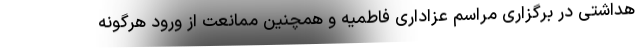
هداشتی در برگزاری مراسم عزاداری فاطمیّه و همچنین ممانعت از ورود هرگونه